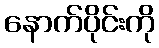
နောက်ပိုင်းကို